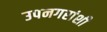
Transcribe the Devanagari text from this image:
उपनगरांशी